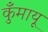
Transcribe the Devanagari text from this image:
कुँमायू